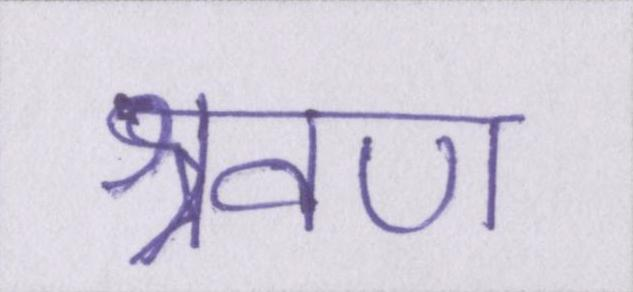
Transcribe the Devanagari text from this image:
श्रवण